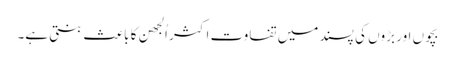
بچوں اور بڑوں کی پسند میں تفاوت اکثر اُلجھن کا باعث بنتی ہے۔